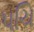
પચિ